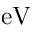
\mathrm { e V }